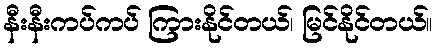
နီးနီးကပ်ကပ် ကြားနိုင်တယ်၊ မြင်နိုင်တယ်။